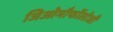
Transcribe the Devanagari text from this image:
जिओमौर्फोलोजी